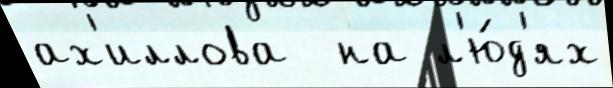
ах'иллова  на л'ю́д'ях